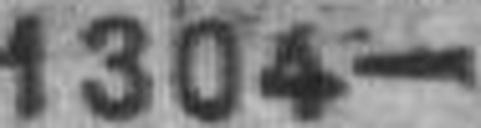
1304—